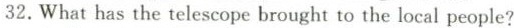
32.What has the telescope brought to the local people?